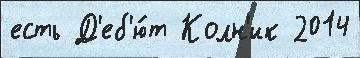
есть Д'еб'ю́т Колн'ик 2014